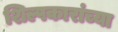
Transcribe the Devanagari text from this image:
शिल्पकारांच्या